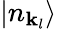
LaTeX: \left|n_{\mathbf{k}_{l}}\right\rangle